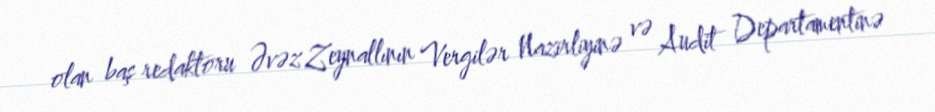
olan baş redaktoru Əvəz Zeynallının Vergilər Nazirliyinə və Audit Departamentinə